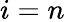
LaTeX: i=n